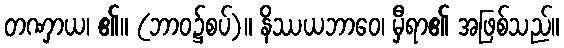
တဏှာယ၊ ၏။ (ဘာဝ၌စပ်)။ နိဿယဘာဝေ၊ မှီရာ၏ အဖြစ်သည်။